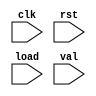
// Counter with a load
module day10 (clk,rst,load,val);
  input     wire          clk;
  input     wire          rst;
  input     wire          load;
  input     wire[3:0]     val;

  reg  [3:0] q;

  // Store the load value whenever load_i is seen
  always@(posedge clk or posedge rst)
    if (rst)
      q <= 4'h0;
    else if (load)
      q <= val;
    else
    q <=  q + 1'b1;


endmodule